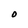
Character: O